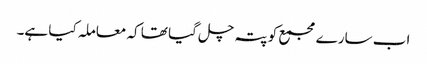
اب سارے مجمع کو پتہ چل گیا تھا کہ معاملہ کیا ہے۔